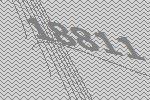
18811